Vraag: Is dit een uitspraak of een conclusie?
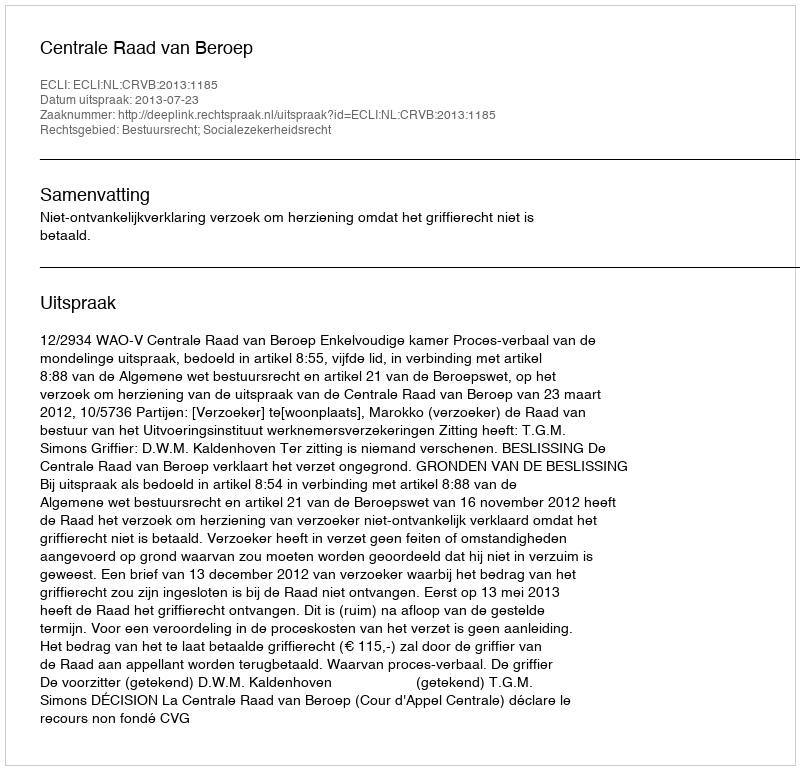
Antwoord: Uitspraak